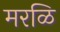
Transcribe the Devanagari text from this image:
मरळि